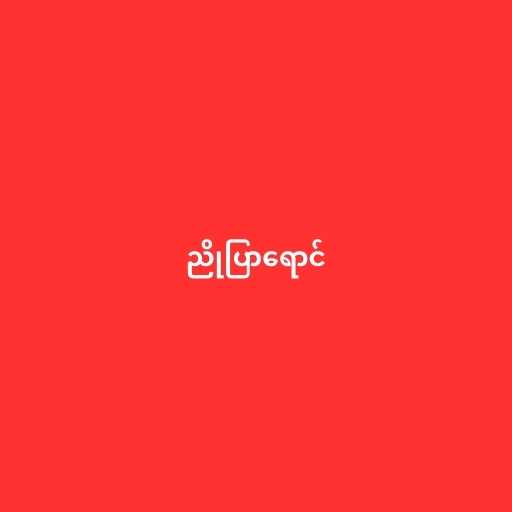
ညိုပြာရောင်